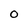
Character: 0